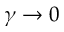
\gamma \rightarrow 0